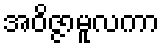
အဝိဇ္ဇာမူလကာ